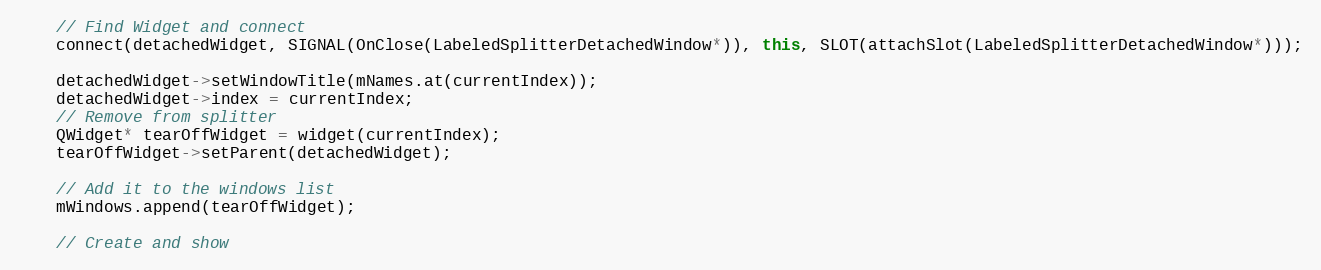
Language: C++
    // Find Widget and connect
    connect(detachedWidget, SIGNAL(OnClose(LabeledSplitterDetachedWindow*)), this, SLOT(attachSlot(LabeledSplitterDetachedWindow*)));

    detachedWidget->setWindowTitle(mNames.at(currentIndex));
    detachedWidget->index = currentIndex;
    // Remove from splitter
    QWidget* tearOffWidget = widget(currentIndex);
    tearOffWidget->setParent(detachedWidget);

    // Add it to the windows list
    mWindows.append(tearOffWidget);

    // Create and show